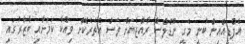
އެފްޑީއޭއިން ބުނީ މެގީ ނޫޑްލްސް ރާއްޖެއަށް ވެސް އެތެރެކޮށް ވިއްކާ ކަމަށާއި ބާޒާރުގައި